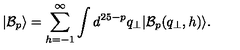
| \mathcal { B } _ { p } \rangle = \sum _ { h = - 1 } ^ { \infty } \int d ^ { 2 5 - p } q _ { \bot } | \mathcal { B } _ { p } ( q _ { \bot } , h ) \rangle .